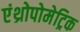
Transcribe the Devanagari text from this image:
एंथ्रोपोमेट्रिक